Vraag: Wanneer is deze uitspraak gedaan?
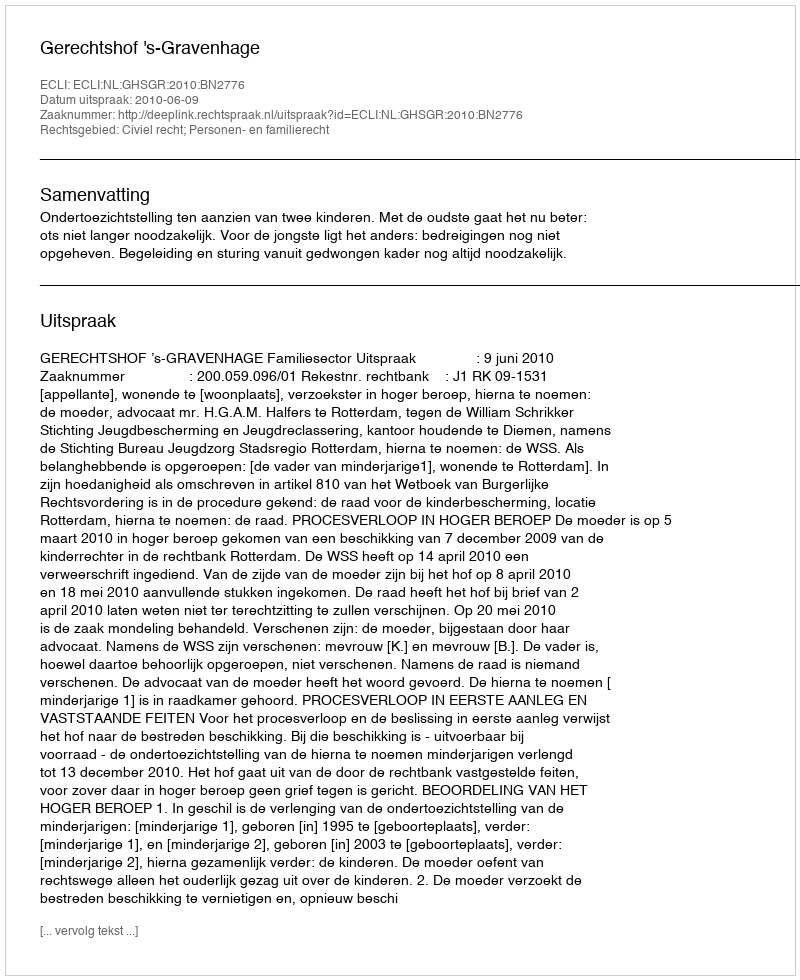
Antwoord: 2010-06-09